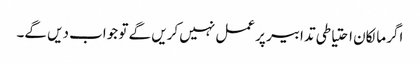
اگر مالکان احتیاطی تدابیر پر عمل نہیں کریں گے تو جواب دیں گے۔